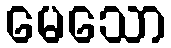
မေသော